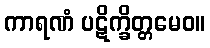
ကာရဏံ ပဋိက္ခိတ္တမေဝ။